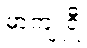
မာကျူရီ